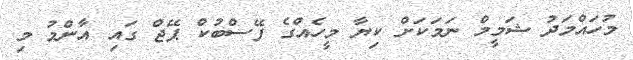
މުހައްމަދު ޝަމީމް ނަމަކަށް ކިޔާ މީހެއްގެ ފޭސްބުކް ޕޭޖް ގައި އާންމު މި